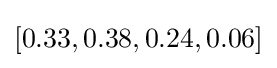
[0.33,0.38,0.24,0.06]